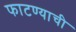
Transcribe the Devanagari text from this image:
फाटण्याची